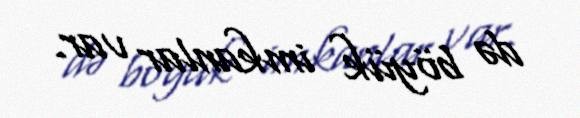
də böyük imkanlar var.